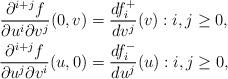
LaTeX: \begin{align*} \frac{\partial^{i+j}f}{\partial u^i\partial v^j}(0,v)&=\frac{df^+_i}{dv^j}(v):i,j\geq 0,\\ \frac{\partial^{i+j}f}{\partial u^j\partial v^i}(u,0)&=\frac{df^-_i}{du^j}(u):i,j\geq 0,\end{align*}